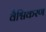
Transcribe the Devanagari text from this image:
वैश्विकरण